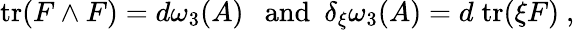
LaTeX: \mathrm{tr}(F\wedge F)=d\omega_{3}(A)\ \ \ \mathrm{and}\ \ \delta_{\xi}\omega_{3}(A)=d\; \mathrm{tr}(\xi F)\ ,